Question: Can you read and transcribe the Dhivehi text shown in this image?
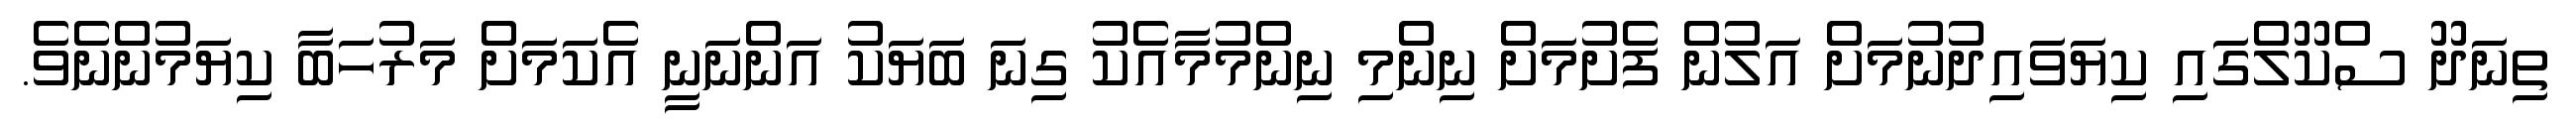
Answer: ތިނަދޫ ސްކޫލްގައި ކިޔަވައިދުނުމަށް އަލުން ފެށުމަށް ނިންމި ނިންމުމާއެކު ގިނަ ބަޔަކު އަންނަނީ އެކަމަށް މަރުހަބާ ކިޔަމުންނެވެ.